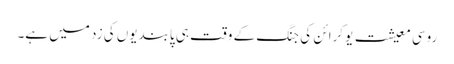
روسی معیشت یوکرائن کی جنگ کے وقت ہی پابندیوں کی زد میں ہے۔